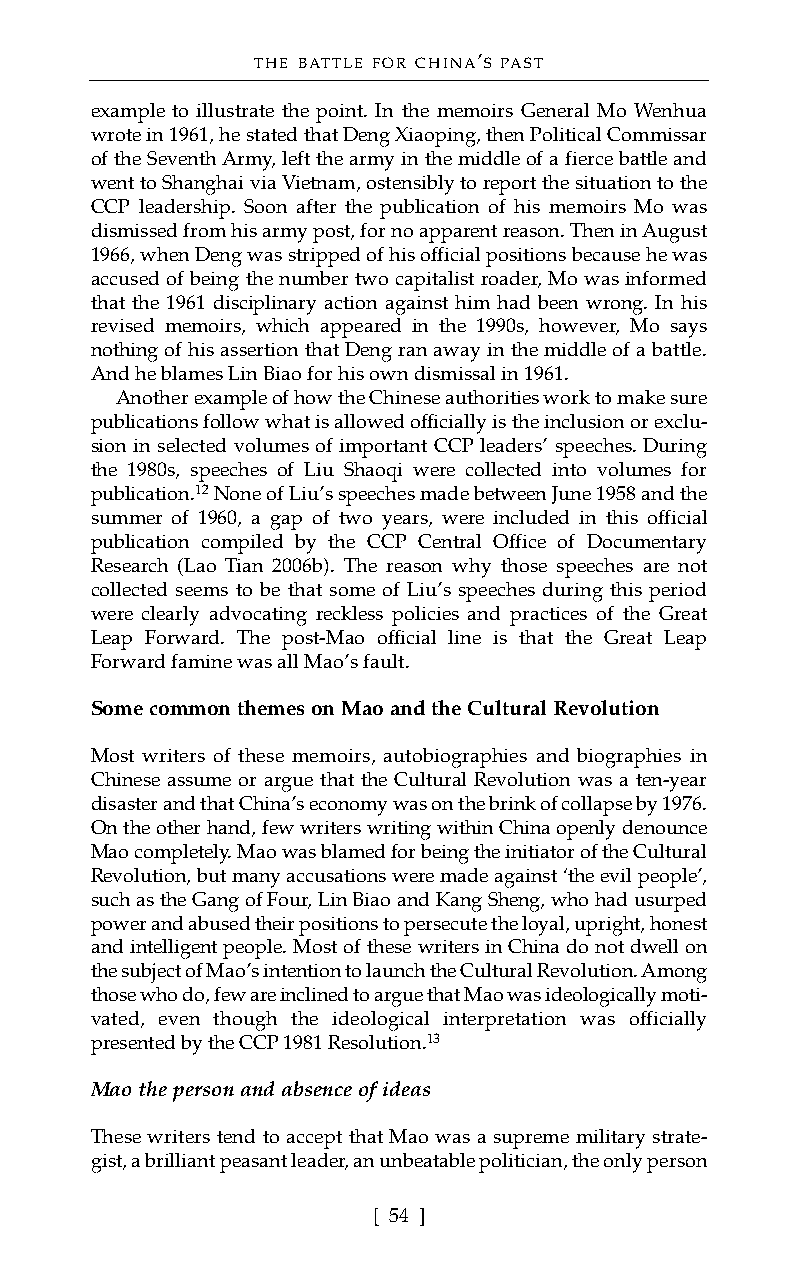
THE BATTLE FOR CHINA’S PAST
 example to illustrate the point. In the memoirs General Mo Wenhua
 wrote in 1961, he stated that Deng Xiaoping, then Political Commissar
 of the Seventh Army, left the army in the middle of a fierce battle and
 went to Shanghai via Vietnam, ostensibly to report the situation to the
 CCP leadership. Soon after the publication of his memoirs Mo was
 dismissed from his army post, for no apparent reason. Then in August
 1966, when Deng was stripped of his official positions because he was
 accused of being the number two capitalist roader, Mo was informed
 that the 1961 disciplinary action against him had been wrong. In his
 revised memoirs, which appeared in the 1990s, however, Mo says
 nothing of his assertion that Deng ran away in the middle of a battle.
 And he blames Lin Biao for his own dismissal in 1961.
 Another example of how the Chinese authorities work to make sure
 publications follow what is allowed officially is the inclusion or exclu-
 sion in selected volumes of important CCP leaders’ speeches. During
 the 1980s, speeches of Liu Shaoqi were collected into volumes for
 publication.12None of Liu’s speeches made between June 1958 and the
 summer of 1960, a gap of two years, were included in this official
 publication compiled by the CCP Central Office of Documentary
 Research (Lao Tian 2006b). The reason why those speeches are not
 collected seems to be that some of Liu’s speeches during this period
 were clearly advocating reckless policies and practices of the Great
 Leap Forward. The post-Mao official line is that the Great Leap
 Forward famine was all Mao’s fault.
 Some common themes on Mao and the Cultural Revolution
 Most writers of these memoirs, autobiographies and biographies in
 Chinese assume or argue that the Cultural Revolution was a ten-year
 disaster and that China’s economy was on the brink of collapse by 1976.
 On the other hand, few writers writing within China openly denounce
 Mao completely. Mao was blamed for being the initiator of the Cultural
 Revolution, but many accusations were made against ‘the evil people’,
 such as the Gang of Four, Lin Biao and Kang Sheng, who had usurped
 power and abused their positions to persecute the loyal, upright, honest
 and intelligent people. Most of these writers in China do not dwell on
 the subject of Mao’s intention to launch the Cultural Revolution. Among
 those who do, few are inclined to argue that Mao was ideologically moti-
 vated, even though the ideological interpretation was officially
 presented by the CCP 1981 Resolution.13
 Mao the person and absence of ideas
 These writers tend to accept that Mao was a supreme military strate-
 gist, a brilliant peasant leader, an unbeatable politician, the only person
 [ 54 ]